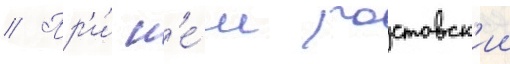
// Пр'и́ н'е́м ростовск'ии